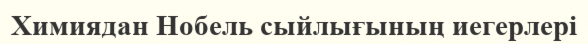
Химиядан Нобель сыйлығының иегерлері